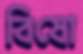
বিষো